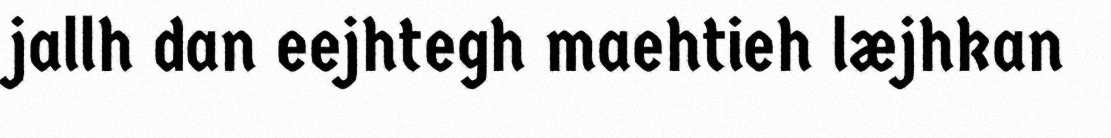
jallh dan eejhtegh maehtieh læjhkan